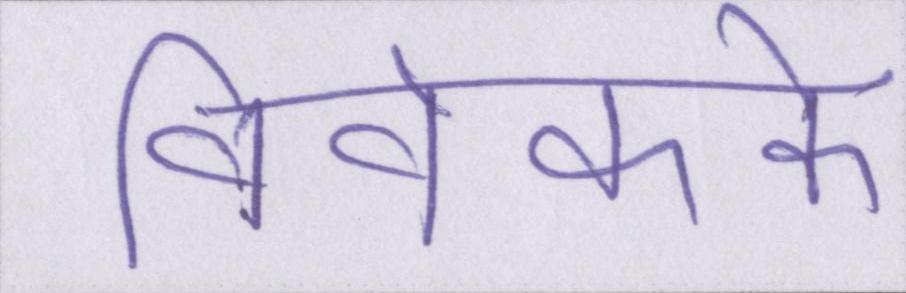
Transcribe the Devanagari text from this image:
विवेकके